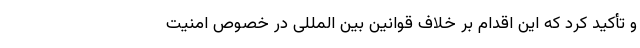
و تأکید کرد که این اقدام بر خلاف قوانین بین المللی در خصوص امنیت